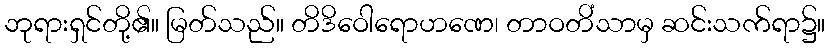
ဘုရားရှင်တို့၏။ မြတ်သည်။ တိဒိဝေါရောဟဏေ၊ တာဝတိံသာမှ ဆင်းသက်ရာ၌။